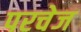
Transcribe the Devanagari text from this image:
परचेज